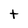
Character: t